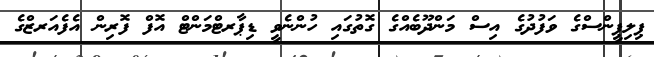
ޕިލިޕީންސްގެ ވަފުދުގެ އިސް މަންދޫބެއްގެ ގޮތުގައި ހުންނެވީ ޑިޕާރޓްމަންޓް އޮފް ފޮރިން އެފެއަރޒްގެ